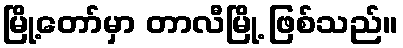
မြို့တော်မှာ တာလီမြို့ ဖြစ်သည်။